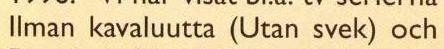
Ilman kavaluutta (Utan svek) och